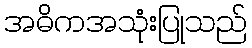
အဓိကအသုံးပြုသည်